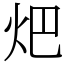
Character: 𤆵